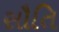
સૌતિ